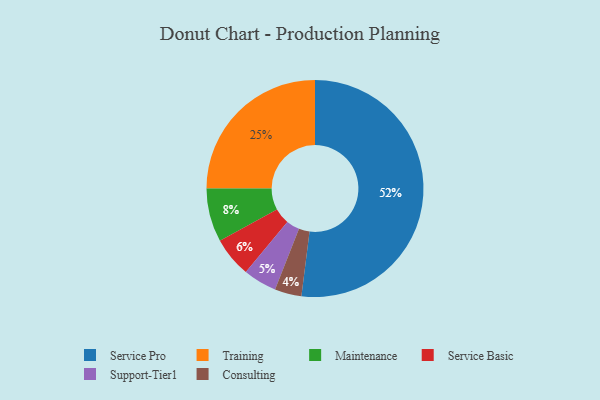
{"axis": {"x": "Category", "y": "Percentage"}, "legend": ["Consulting", "Maintenance", "Service Basic", "Service Pro", "Support-Tier1", "Training"], "data": [{"x": "Training", "y": 25, "type": "Training"}, {"x": "Consulting", "y": 4, "type": "Consulting"}, {"x": "Service Pro", "y": 52, "type": "Service Pro"}, {"x": "Support-Tier1", "y": 5, "type": "Support-Tier1"}, {"x": "Maintenance", "y": 8, "type": "Maintenance"}, {"x": "Service Basic", "y": 6, "type": "Service Basic"}]}